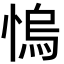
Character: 𢞬